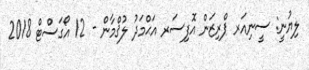
ލިޔުނީ: ސީނިއަރ ޕްރިޒަން އޮފިސަރ އަޙްމަދު ލުޤްމާން - 12 އޯގަސްޓް 2018